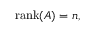
{ \mathrm { r a n k } } ( A ) = n ,